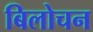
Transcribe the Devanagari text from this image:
बिलोचन